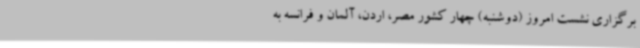
برگزاری نشست امروز (دوشنبه) چهار کشور مصر، اردن، آلمان و فرانسه به